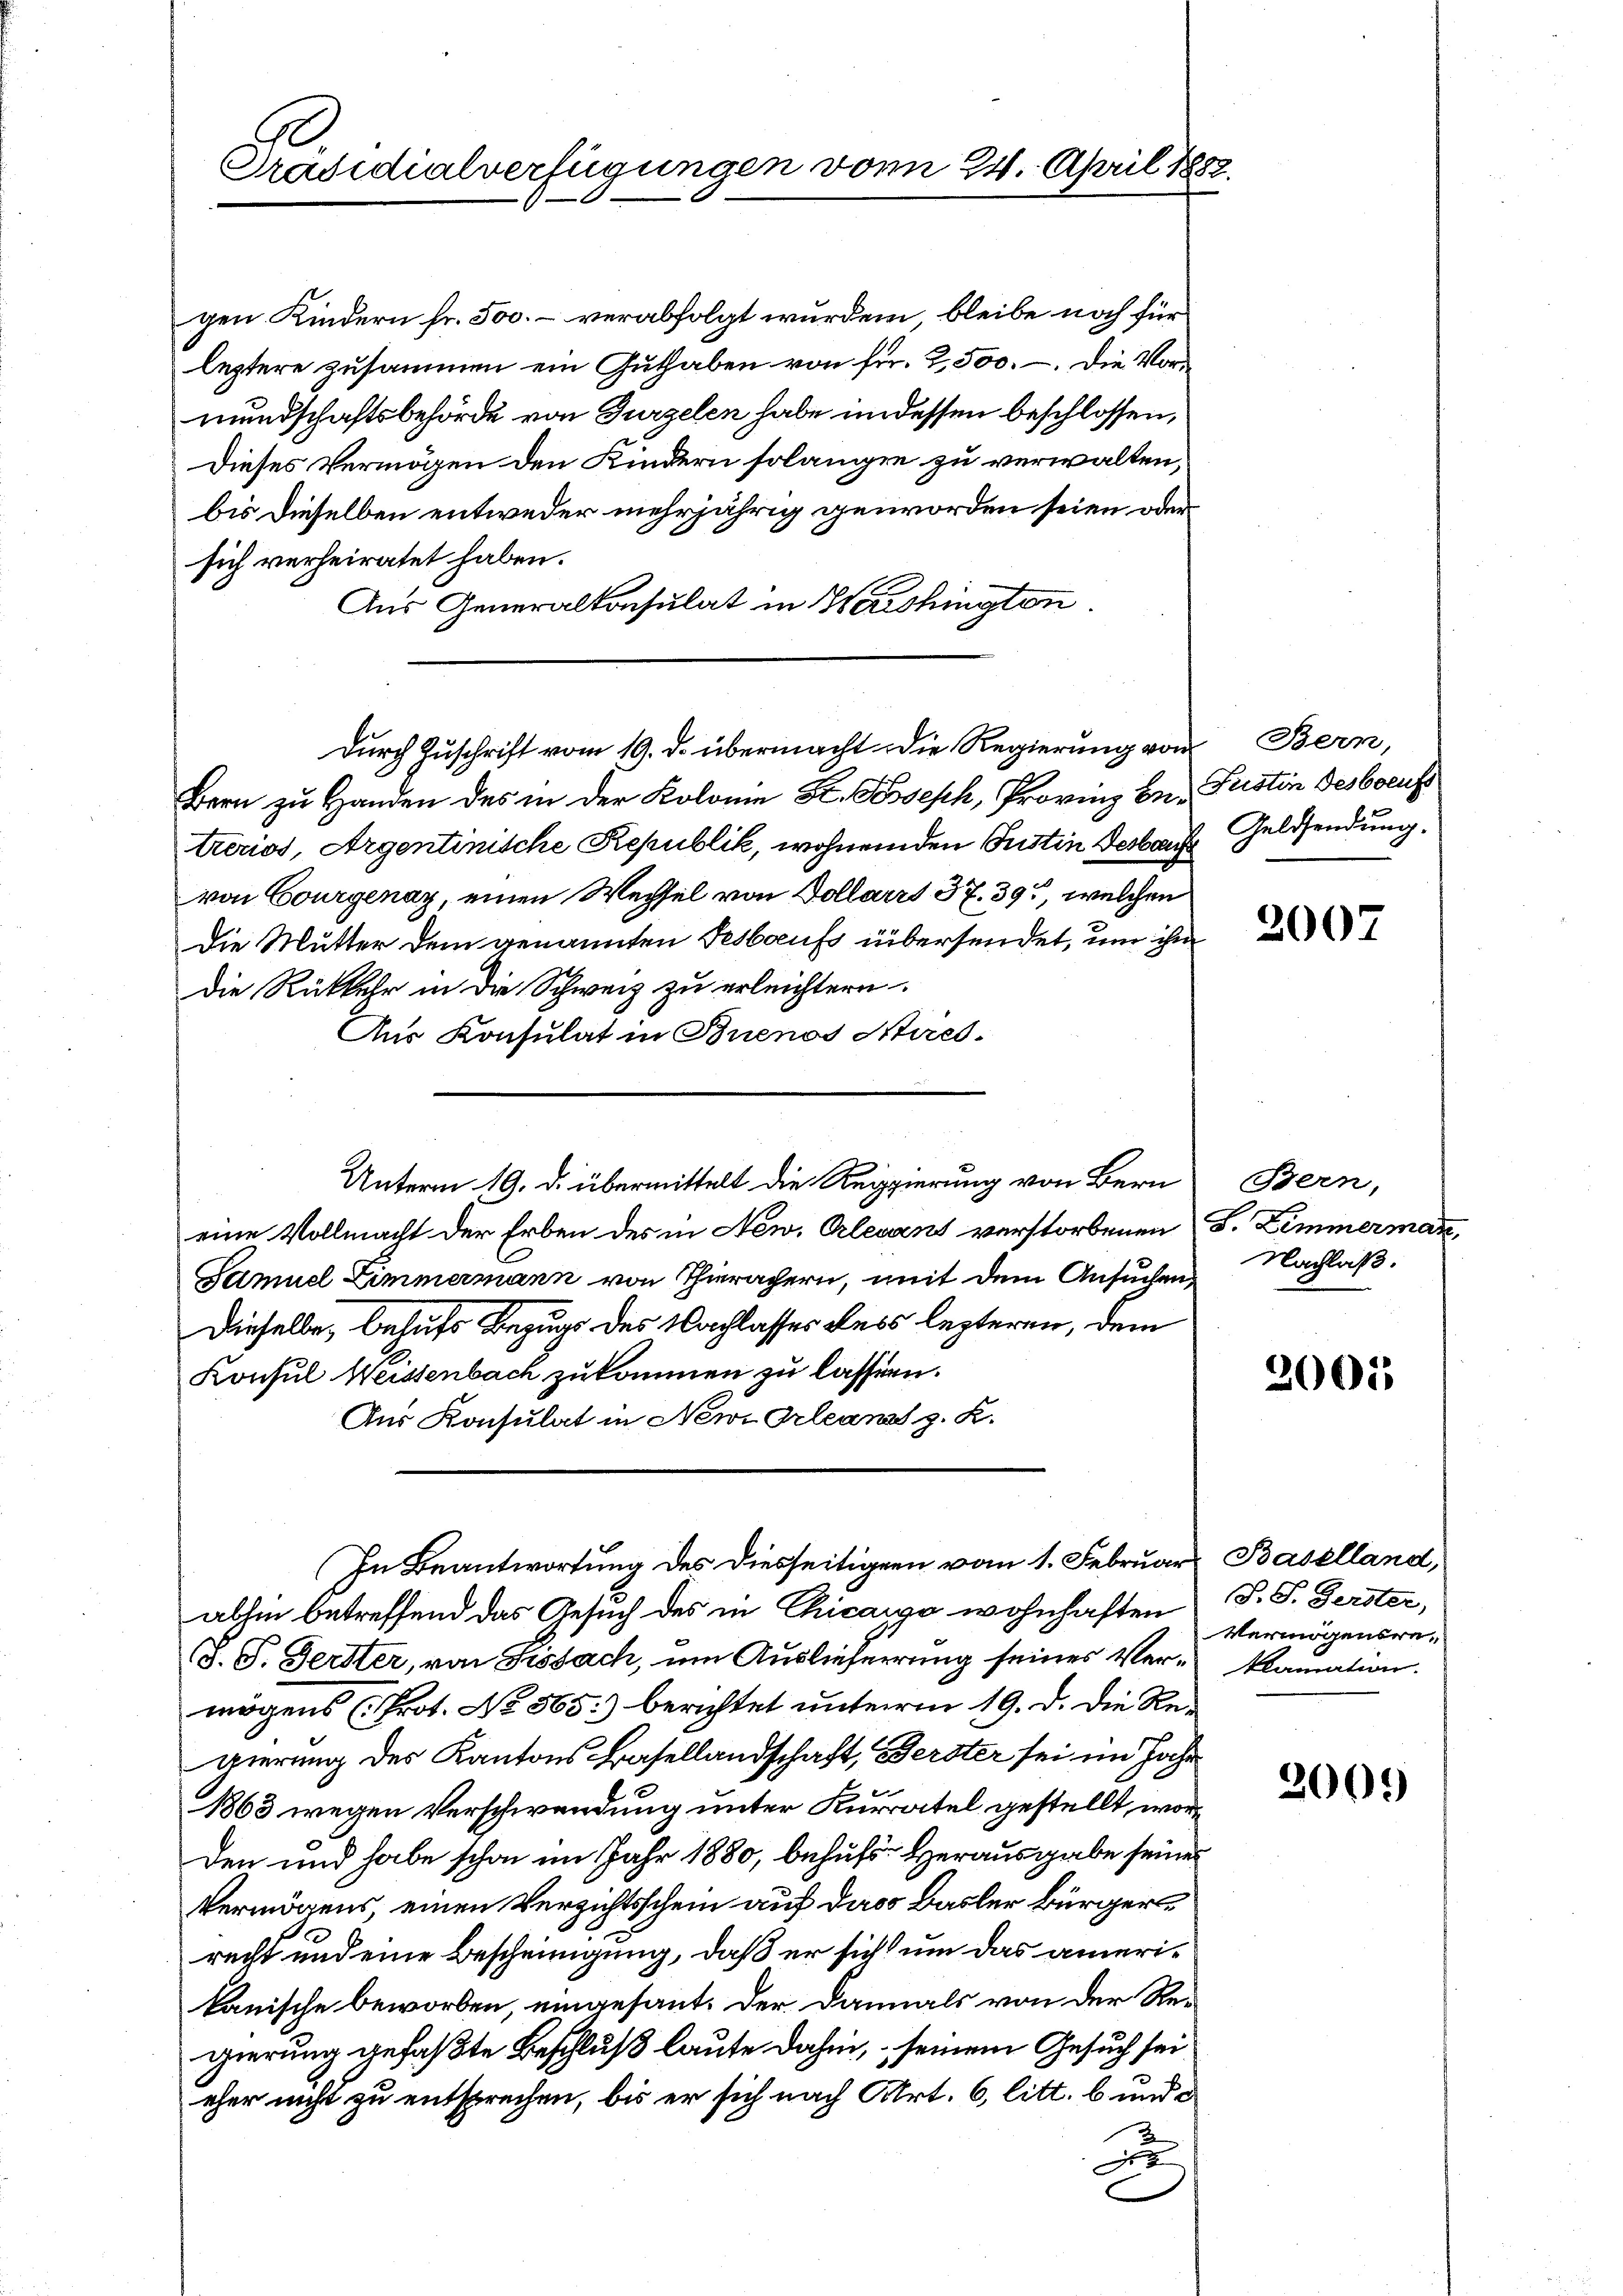
Präsidialverfügungen vom 24. April 188.

gen Kindern fr. 500. – verabfolgt wurden, bleibe noch für
leztere zusammen ein Guthaben von fr. 2,500. – Die Vormundschaftsbehörde von Gurzelen habe in dessen beschlossen,
Dieses Vermögen den Kindern solangen zu verwalten,
bis dieselben entweder mehrjährig geworden seien oder
sich verheiratet haben.
Aus Generalkonsulat in Weishingten.
Bern zu Handen des in der Kolonie St. Kosesch, Provinz be- Justin Gesbocus
treros, Argentinische Republik, wohnenden Justin desbruch Geldsendung.
von Courgenay, einen Wechsel von Dollarrt 37. 39, welchen
Die Mutter dem genannten Testaufs übersendet, um ihm
die Rückkehr in die Schweiz zu erleichtern.
Aus Konsulat in Buenos Nied-
Unterm 19. d. übermittelt die Reppierung von Bern
eine Vollmacht der Erben des in New. Clevant verstorbenen S. Zimmermann,
Samuel Zimmermann von Thierachern, mit dem Ansuchen,
Dieselbe, behufs Bezugs des Nachlasses des lezteren, dem
Konsul Weissenbach zukommen zu lassen.
Aus Konsulat in New-Orleans z. K.
In Beantwortung des Diesseitigern vom 1. Februar Baselland,
abhin betreffend das Gesuch des in Chicago wohnhaften
J. P. Gerster, von Sissach, um Auslieferung seines Ver- klamation.
mögens (Prot. No 565) berichtet unterm 19. d. die Regierung des Kantons Basellandschaft, Berster sei im Jahr
1863 wegen Verschwendung unter Kurratel gestellt, worden und habe schon im Jahr 1880, behufs Herausgabe seiner
Vermögens, einen Verzichtsschein auf dass Basler Bürgerrecht und eine Bescheinigung, daß er sich um das amerikanische beworben, eingesant. Der Damals von der Regierung gefaßte Beschluß laute dahin, seinem Gesuch sei
eher nicht zu entsprechen, bis er sich nach Art. 6, litt. b und d
D

Durch Zuschrift vom 19. d. übermacht. Die Regierung von Bern,

2007

Bern,
Nachlaß.

2005

S. S. Gerster,
Vermögensre¬

2000